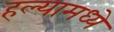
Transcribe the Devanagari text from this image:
हल्यामध्ये